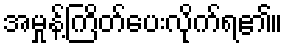
အမှုန့်ကြိတ်ပေးလိုက်ရ၏။